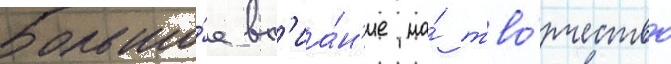
Большо́е вл'иа́н'ие на́ тво́рчество